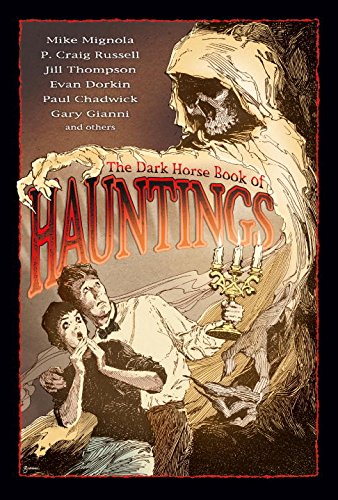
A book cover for The Dark Horse Book of Hauntings; P. Craig Russell; Comics & Graphic Novels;